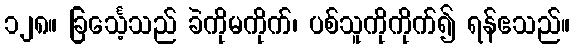
၁၂၈။ ခြင်္သေ့သည် ခဲကိုမကိုက်၊ ပစ်သူကိုကိုက်၍ ရန်ဧသည်။